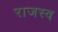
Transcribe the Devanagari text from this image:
राजस्व